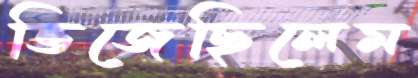
ভিজেছিলেম